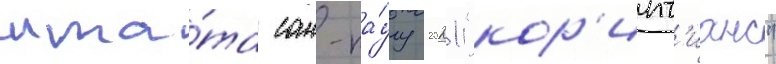
шта́та сан-па́улу 2021 "кор'инт'ианс"